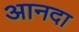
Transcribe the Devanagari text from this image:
आनदा